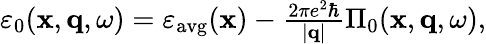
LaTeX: \begin{array}{r}{\varepsilon_{0}(\mathbf{x},\mathbf{q},\omega)=\varepsilon_{\mathrm{avg}}(\mathbf{x})-\frac{2\pi e^{2}\hbar}{|\mathbf{q}|}\Pi_{0}(\mathbf{x},\mathbf{q},\omega),}\end{array}